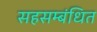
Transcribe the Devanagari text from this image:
सहसम्बंधित